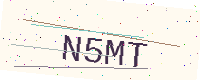
Text: N5MT